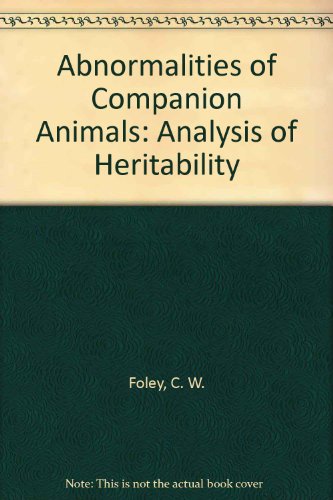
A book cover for Abnormalities of Companion Animals: Analysis of Heritability; C. W. Foley; Medical Books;